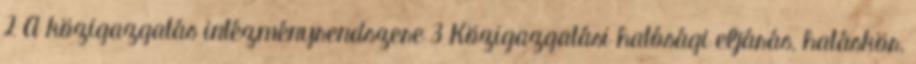
2 A közigazgatás intézményrendszere 3 Közigazgatási hatósági eljárás, hatáskör,